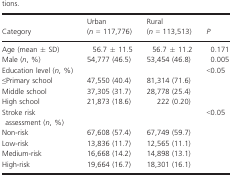
| <ROWSPAN=2> Category | Urban | Rural | <ROWSPAN=2> P |
 | (n = 117,776) | (n = 113,513) |
 | --- | --- | --- | --- |
 | Age (mean ± SD) | 56.7 ± 11.5 | 56.7 ± 11.2 | 0.171 |
 | Male (n, %) | 54,777 (46.5) | 53,454 (46.8) | 0.005 |
 | Education level (n, %) |  |  | <0.05 |
 | ≤Primary school | 47,550 (40.4) | 81,314 (71.6) |  |
 | Middle school | 37,305 (31.7) | 28,778 (25.4) |  |
 | High school | 21,873 (18.6) | 222 (0.20) |  |
 | Stroke risk assessment (n, %) |  |  | <0.05 |
 | Non‐risk | 67,608 (57.4) | 67,749 (59.7) |  |
 | Low‐risk | 13,836 (11.7) | 12,565 (11.1) |  |
 | Medium‐risk | 16,668 (14.2) | 14,898 (13.1) |  |
 | High‐risk | 19,664 (16.7) | 18,301 (16.1) |  |